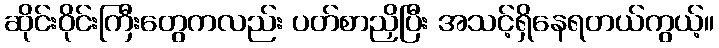
ဆိုင်းဝိုင်းကြီးတွေကလည်း ပတ်စာညှိပြီး အသင့်ရှိနေရတယ်ကွယ့်။